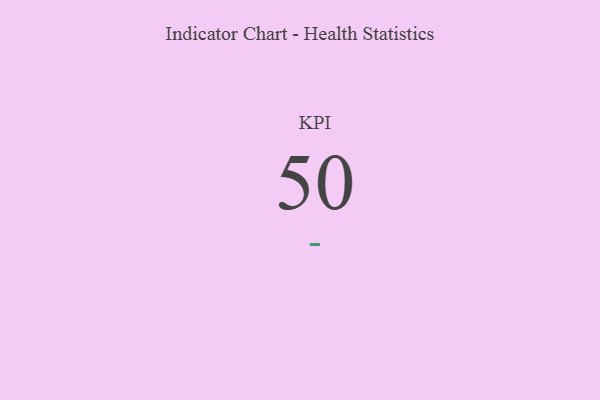
{"axis": {"x": "KPI", "y": "Value"}, "legend": [""], "data": [{"x": "KPI", "y": 50, "type": ""}]}